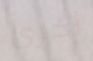
أخرى